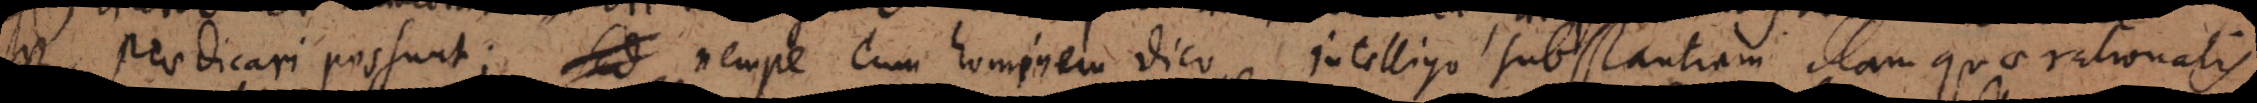
praedicari possunt; sed nempe cum hominem dico, intelligo substantiam illam quae rationalis,